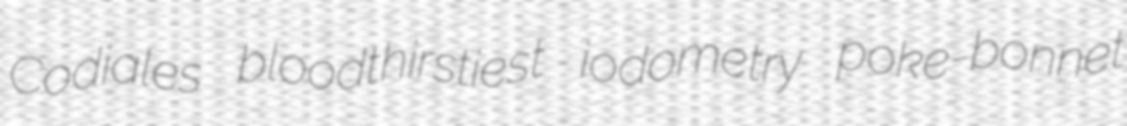
Codiales bloodthirstiest iodometry poke-bonnet